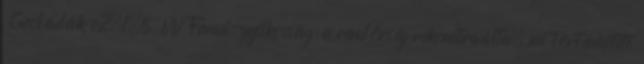
Geoládák v2.1.5 VV Fanni-gyilkosság: a rendőrség rekonstruálta, mi történhetett